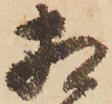
相